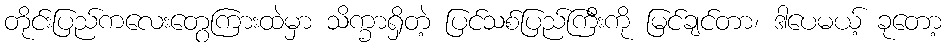
တိုင်းပြည်ကလေးတွေကြားထဲမှာ သိက္ခာရှိတဲ့ ပြင်သစ်ပြည်ကြီးကို မြင်ချင်တာ၊ ဒါပေမယ့် ခုတော့